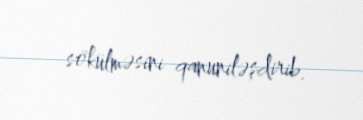
sökülməsini qanuniləşdirib.